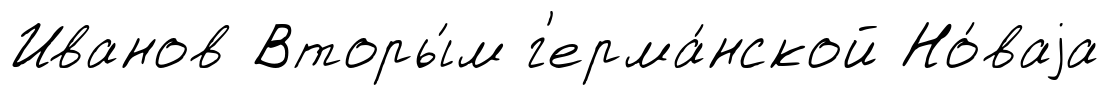
Иванов Вторы́м г'ерма́нской Но́ваjа